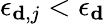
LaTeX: {\epsilon_{{\mathbf d},j}}<{\epsilon_{{\mathbf d}}}